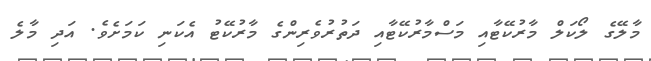
މާލޭގެ ލޯކަލް މާރުކޭޓާއި މަސްމާރުކޭޓާއި ދަތުރުވެރިންގެ މާރުކޭޓު އެކަނި ކަމަށެވެ. އަދި މާލެ